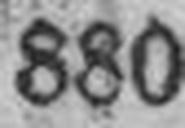
880